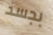
بجسد